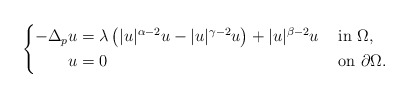
\begin{align*}\left\{\begin{aligned} -\Delta_p u &= \lambda \left( |u|^{\alpha-2}u - |u|^{\gamma-2}u \right) + |u|^{\beta-2}u && \mbox{ in } \Omega, \\ u &= 0 && \mbox{ on } \partial\Omega.\end{aligned}\right.\end{align*}